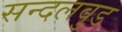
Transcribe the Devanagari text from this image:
सन्दलवुड